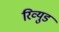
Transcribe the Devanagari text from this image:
रिव्युड